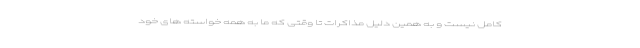
کامل نیست و به همین دلیل مذاکرات تا وقتی که ما به همه خواسته های خود